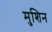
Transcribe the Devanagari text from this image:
मुशिन